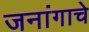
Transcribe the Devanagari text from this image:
जनांगाचे